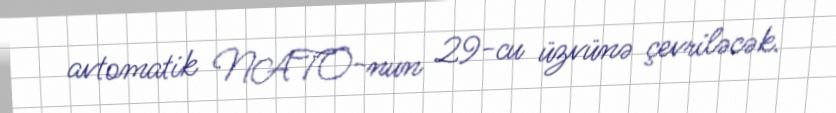
avtomatik NATO-nun 29-cu üzvünə çevriləcək.